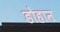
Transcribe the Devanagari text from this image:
डोहान